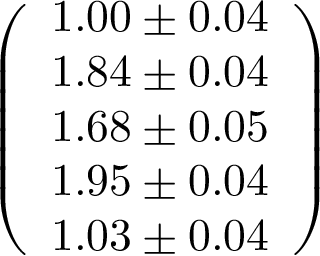
\left( \begin{array} { l } { 1 . 0 0 \pm 0 . 0 4 } \\ { 1 . 8 4 \pm 0 . 0 4 } \\ { 1 . 6 8 \pm 0 . 0 5 } \\ { 1 . 9 5 \pm 0 . 0 4 } \\ { 1 . 0 3 \pm 0 . 0 4 } \end{array} \right)